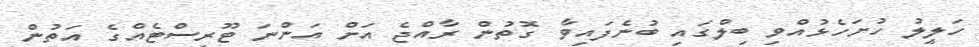
ހަލީލު ހުށަހެޅުއްވި ބިލްގައި ބުނެފައިވާ ގޮތުން ރާއްޖެ އަށް އަންނަ ޓޫރިސްޓެއްގެ އަތުން